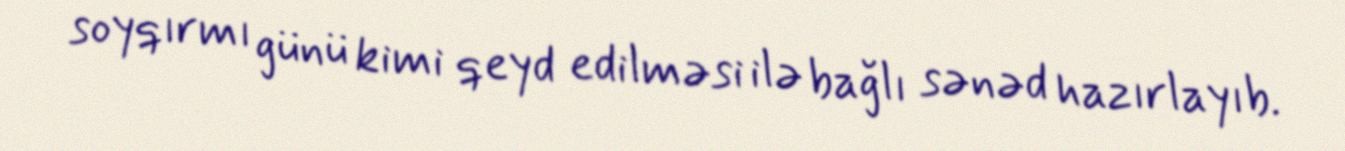
soyqırmı günü kimi qeyd edilməsi ilə bağlı sənəd hazırlayıb.